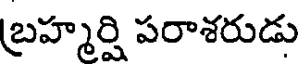
బ్రహ్మర్షి పరాశరుడు